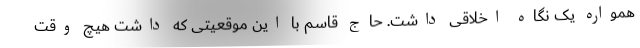
همواره یک نگاه اخلاقی داشت. حاج قاسم با این موقعیتی که داشت هیچ وقت